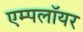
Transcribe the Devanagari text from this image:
एम्पलॉयर